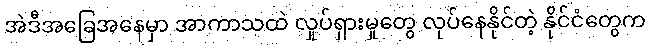
အဲဒီအခြေအနေမှာ အာကာသထဲ လှုပ်ရှားမှုတွေ လုပ်နေနိုင်တဲ့ နိုင်ငံတွေက